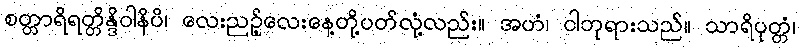
စတ္တာရိရတ္တိန္ဒိဝါနိပိ၊ လေးညဉ့်လေးနေ့တို့ပတ်လုံ့လည်း။ အဟံ၊ ငါဘုရားသည်။ သာရိပုတ္တံ၊